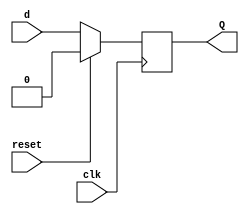
// This program was cloned from: https://github.com/Suni123456789/100DaysRTL
// License: Apache License 2.0

`timescale 1ns / 1ps

module D_flipflop(
    input clk, reset, d,
    output reg Q
    );
    
    always@(posedge clk)
          begin
            if({reset})
            Q<= 1'b0;
            else 
            Q <= d;
            end

endmodule